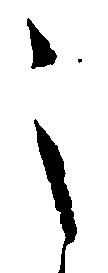
之